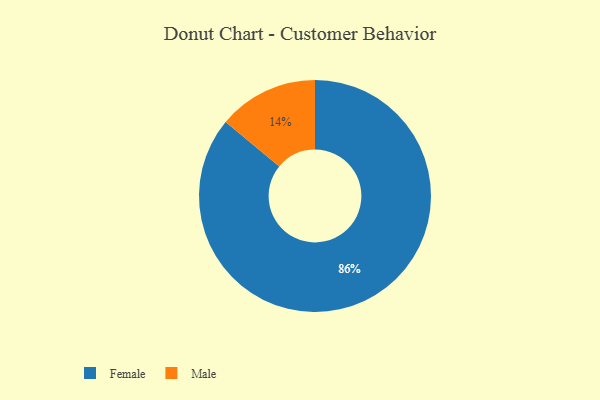
{"axis": {"x": "Category", "y": "Percentage"}, "legend": ["Female", "Male"], "data": [{"x": "Male", "y": 14, "type": "Male"}, {"x": "Female", "y": 86, "type": "Female"}]}